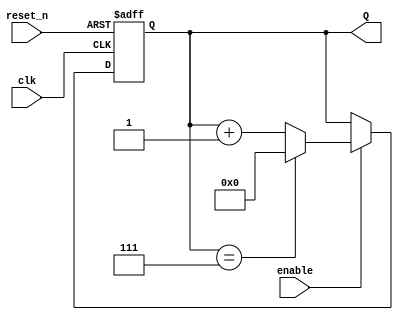
`timescale 1ns / 1ps
//////////////////////////////////////////////////////////////////////////////////
// Company: 
// Engineer: 
// 
// Design Name: 
// Module Name: mod_counter_input
// Project Name: 
// Target Devices: 
// Tool Versions: 
// Description: 
// 
// Dependencies: 
// 
// Revision:
// Revision 0.01 - File Created
// Additional Comments:
// 
//////////////////////////////////////////////////////////////////////////////////

//modulus 8 counter
// counts up from 0 to hardcoded number of 7, then starts over (7 inclusve)
module mod_counter_hardcoded
    #(parameter BITS = 4)(
    input clk,
    input reset_n,
    input enable,
    output [BITS-1:0] Q
    );
    
    reg [BITS-1:0] Q_reg, Q_next;
    wire done; // if asserted then it is done counting
    always@(posedge clk, negedge reset_n)
    begin
        if(~reset_n)
            Q_reg <= 'b0;
        else if(enable)
            Q_reg <= Q_next; 
        else
            Q_reg <= Q_reg;         
    end
    
    // Next State logic
    assign done = Q_reg ==7;
    
    always@(*)
        Q_next = done ? 'b0: Q_reg + 1; //if done = 1, Q_ next is 0 and count is reset, else keep counting until done
    
    //Output Logic
    assign Q = Q_reg;
endmodule